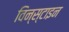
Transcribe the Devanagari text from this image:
विन्स्टाइन